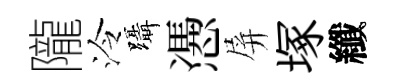
隴泠躡慿屏塚纖